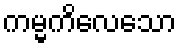
ကမ္မကိလေသော